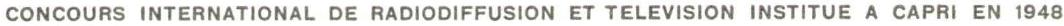
 CONCOURS INTERNATIONAL DE RADIODIFFUSION ET TELEVISION INSTITUE A CAPRI EN 1948